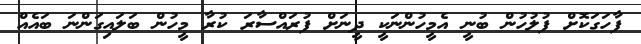
ފާހަގަކޮށް ފުލުހުން ބުނީ އެމީހުންނަކީ ދީނަށް ފުރައްސާރަ ކުރާ މީހުން ބަލައިގަންނަ ބައެއް